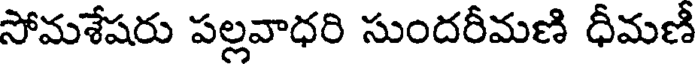
సోమశేషరు పల్లవాధరి సుందరీమణి ధీమణీ